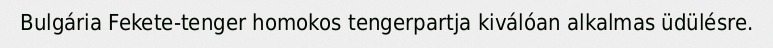
Bulgária Fekete-tenger homokos tengerpartja kiválóan alkalmas üdülésre.